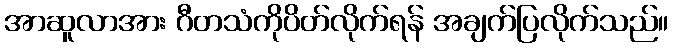
အာဆူလာအား ဂီတသံကိုပိတ်လိုက်ရန် အချက်ပြလိုက်သည်။